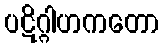
ပဋိဂ္ဂါဟကတော